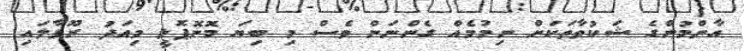
އާންމުންގެ ޝަކުވާތަކަށް ނިމުމެއް ގެންނަން ވެސް މި ބިޔަ މޮނޮޕޮލީ މިއަދު ރޫޅާލައި